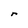
Character: r